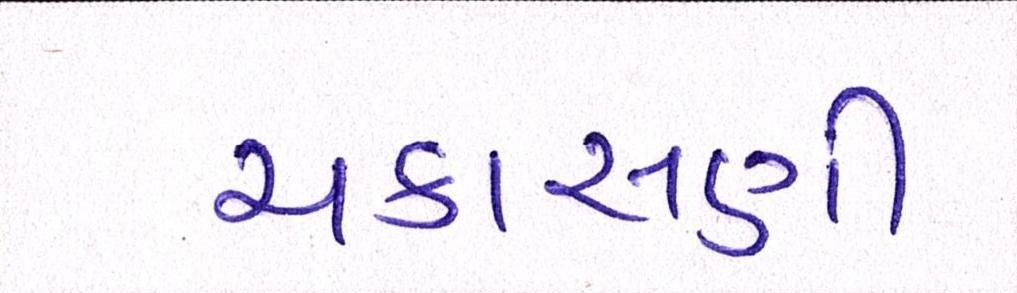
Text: ચકાસણી